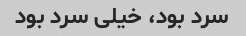
سرد بود، خیلی سرد بود